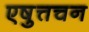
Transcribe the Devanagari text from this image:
एषुत्तचन